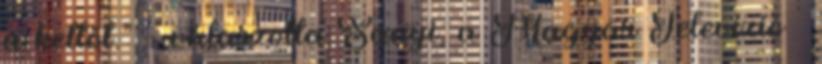
a kettőt.” - vá­laszolta Sanyi, a Magyar Televízió –